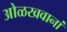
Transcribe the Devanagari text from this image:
ओळखवानां